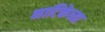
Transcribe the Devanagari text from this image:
नाटिकेच्या